Civil Veterinary Dept. Assam report 1927-50 - 1927-1950
Year: 1927
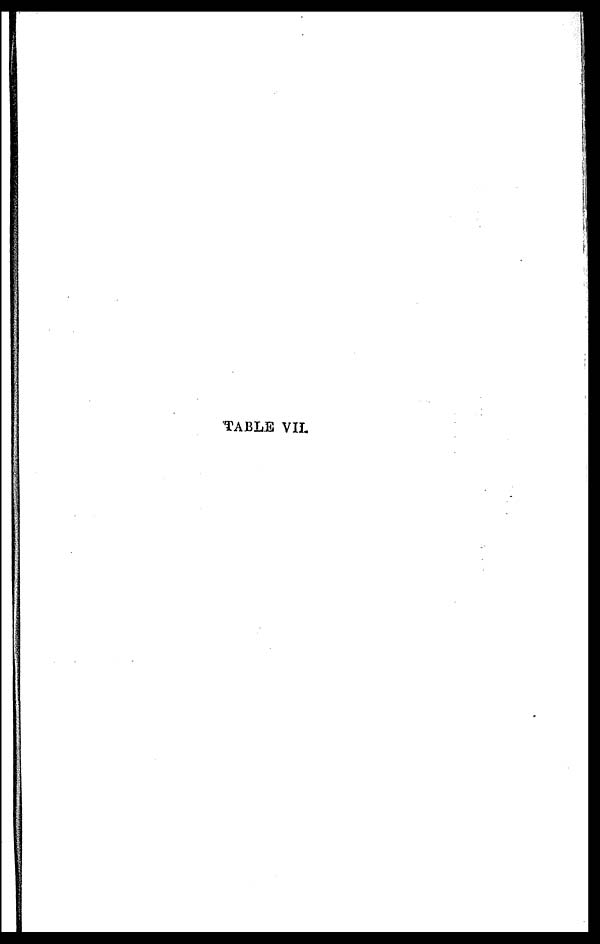
TABLE VII.